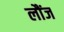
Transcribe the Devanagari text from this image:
लौंज